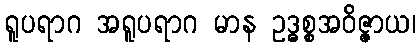
ရူပရာဂ အရူပရာဂ မာန ဥဒ္ဓစ္စအဝိဇ္ဇာယ၊